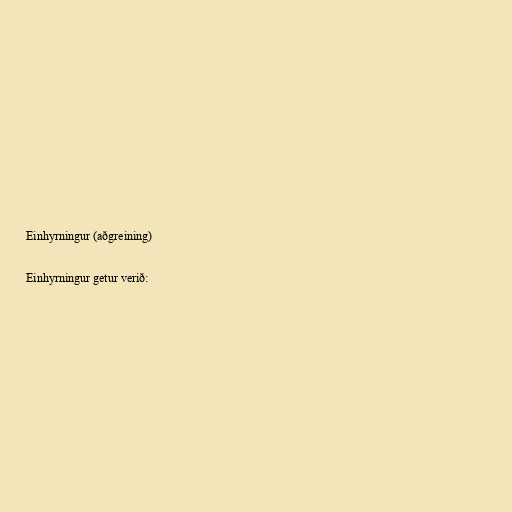
Einhyrningur (aðgreining)

Einhyrningur getur verið: